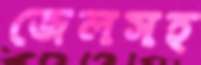
জেলসহ